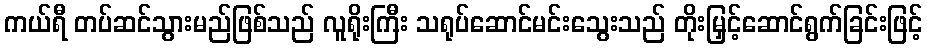
ကယ်ရီ တပ်ဆင်သွားမည်ဖြစ်သည် လူရိုးကြီး သရုပ်ဆောင်မင်းသွေးသည် တိုးမြှင့်ဆောင်ရွက်ခြင်းဖြင့်